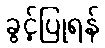
ခွင့်ပြုရန်